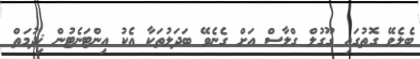
ބެލެވޭ ގޮތުގައި ގޫގުލް ގްލާސް އަށް ގެނެވޭ ބަދަލުތަކާ އެކު އިންޓަނެޓުން ޚިދުމަތް